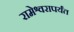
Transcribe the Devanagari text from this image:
रामेश्वरापर्यंत